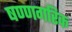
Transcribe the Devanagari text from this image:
षण्णगरिक